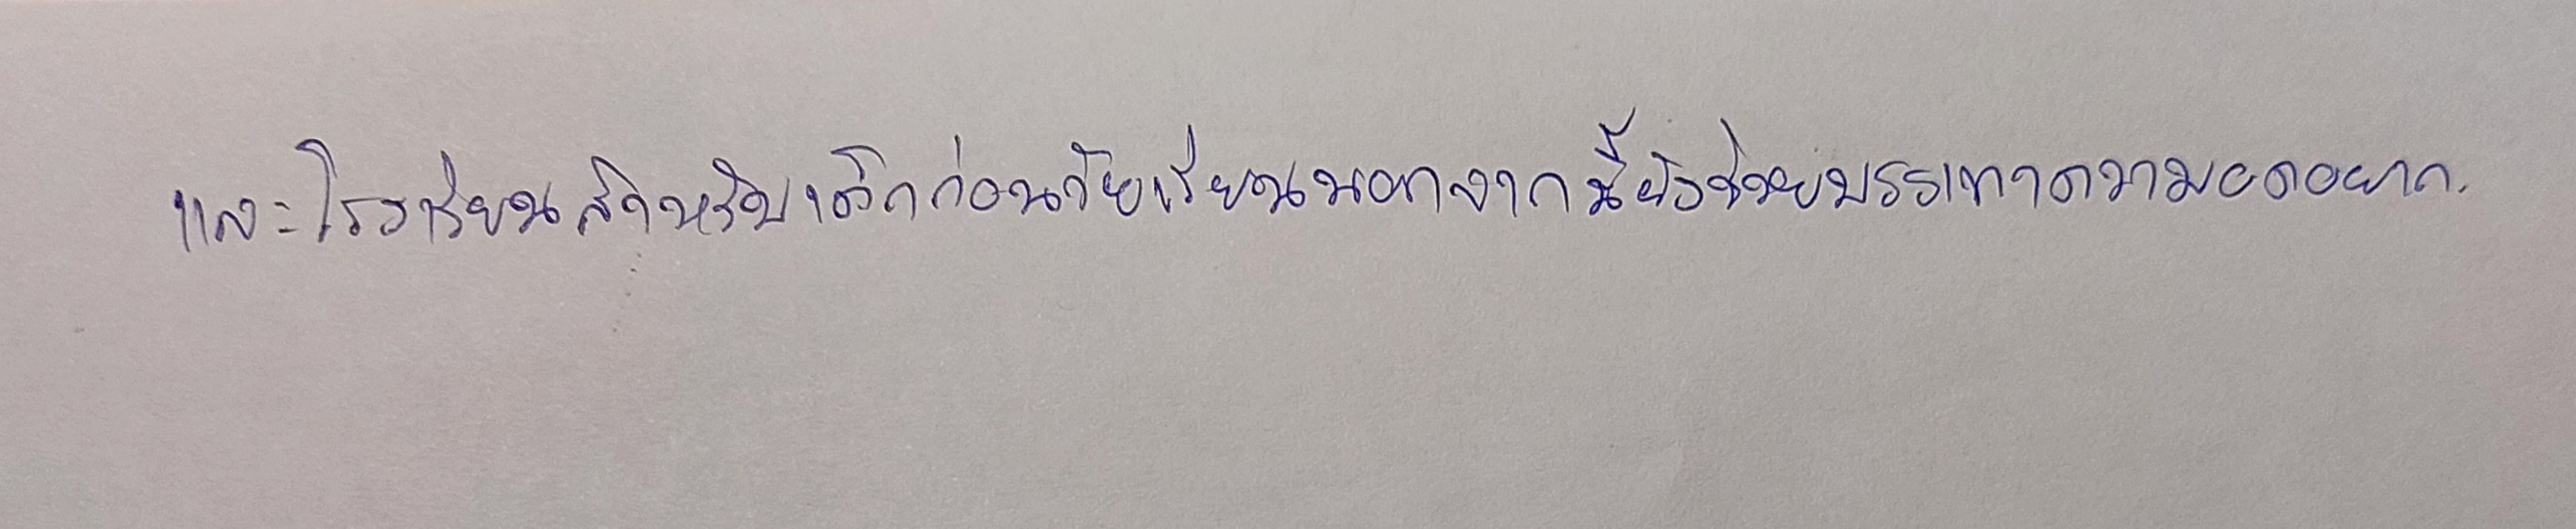
และโรงเรียนสำหรับเด็กก่อนวัยเรียนนอกจากนี้ยังช่วยบรรเทาความอดอยาก